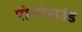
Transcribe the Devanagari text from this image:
पोलोग्राउंड